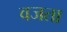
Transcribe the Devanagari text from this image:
वजता